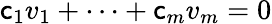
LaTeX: \mathsf{c}_{1}v_{1}+\cdots+\mathsf{c}_{m}v_{m}=0